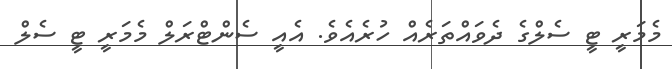
މެމަރީ ޓީ ސެލްގެ ދެވައްތަރެއް ހުރެއެވެ. އެއީ ސެންޓްރަލް މެމަރީ ޓީ ސެލް